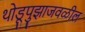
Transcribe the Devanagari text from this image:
थोडूपुझाजवळील